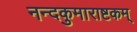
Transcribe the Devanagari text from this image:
नन्दकुमाराष्टकम्